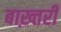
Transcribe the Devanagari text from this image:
बाख़्तरी